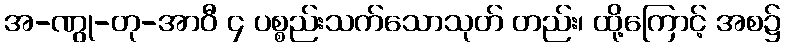
အ-ဏွု-တု-အာဝီ ၄ ပစ္စည်းသက်သောသုတ် တည်း၊ ထို့ကြောင့် အစ၌